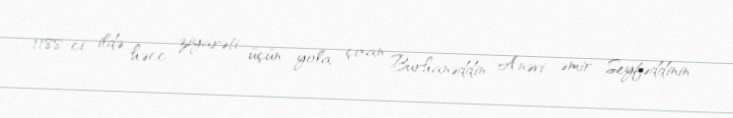
1188-ci ildə həcc ziyarəti üçün yola çıxan Burhanəddin Anəvi əmir Seyfəddinin